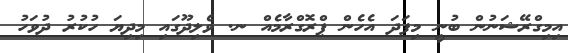
އިމިގްރޭޝަނުން ބުނީ މިފަދަ އެހެން ޕްރޮގްރާމެއް ނ. ވެލިދޫގައި މިދިޔަ ހުކުރު ދުވަހު